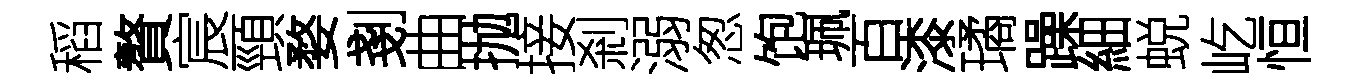
稻贅宸頸婺剗曲抛接剎溺怱饱珮百漆璚躁細蜕屹恒